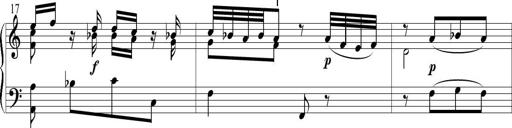
Title: 6 Leichte Sonatinen, Teil 1
Composer: F. Sigismund Sander